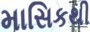
માસિકથી